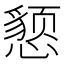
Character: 𰒖